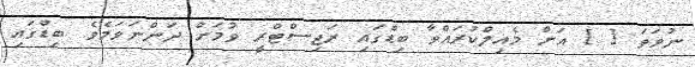
ނުވަތަ [ ] އަށް މެއިލްކުރައްވާ ބިޑްގައި ރަޖިސްޓްރީ ވުމަށް ދަންނަވަމެވެ. ބިޑްގައި